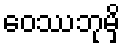
ဝေဿဘုမှိ